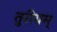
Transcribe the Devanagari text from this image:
तुरीयम्‌